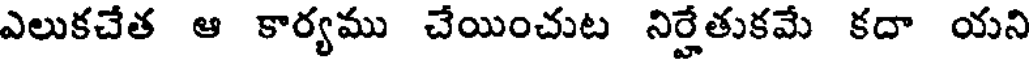
ఎలుకచేత ఆ కార్యము చేయించుట నిర్హేతుకమే కదా యని